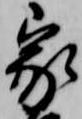
家